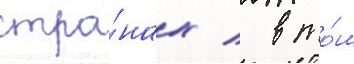
стра́нах / в то́м